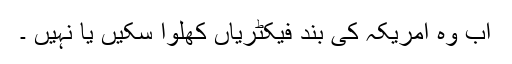
اب وہ امریکہ کی بند فیکٹریاں کھلوا سکیں یا نہیں ۔